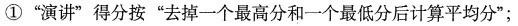
①”演讲”得分按”去掉一个最高分和一个最低分后计算平均分”；